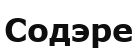
Содэре